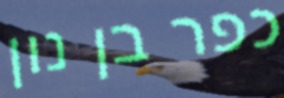
כפר בן נון